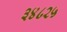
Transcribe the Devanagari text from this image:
३४८२५